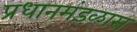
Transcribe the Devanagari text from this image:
प्रधानमंडळास